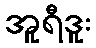
အူရီဒူး